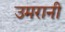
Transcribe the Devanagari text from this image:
उमरानी